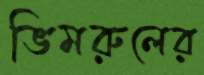
ভিমরুলের